Report of the King Institute of Preventive Medicine, Guindy
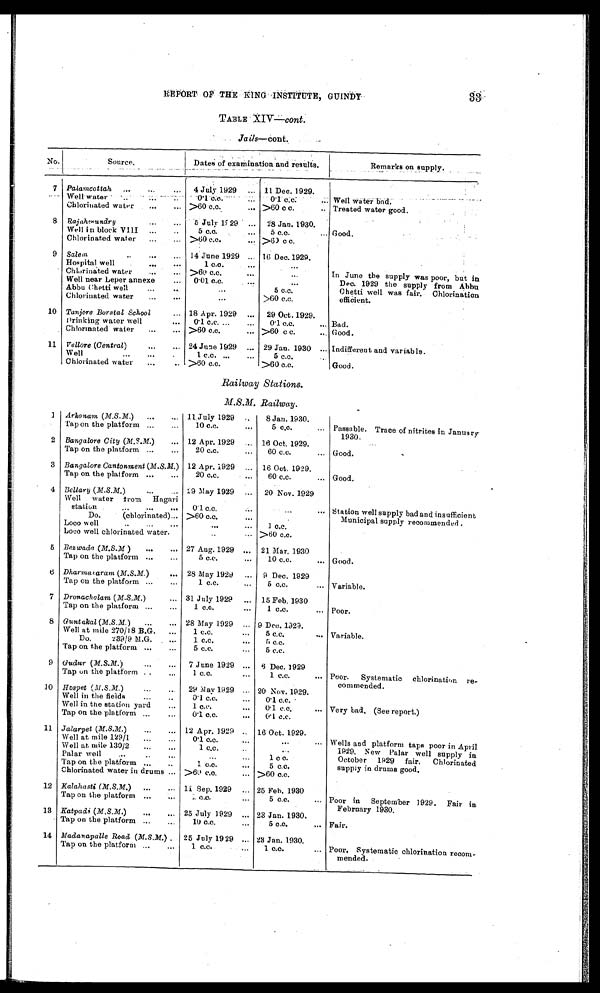
33
REPORT OF THE KING INSTITUTE GUINDY
TABLE XIV—cont.
Jails—Cont.
No.
Source.
Dates of examination and results.
Remarks on supply.
7 Palamcottah ...
...
... 4 July 1929 ... 11 Dec. 1929.
Well water
...
...
...
0.1c.c.
... 0.1 c.c.
... Well water bad.
Chlorinated water
...
... >60 c.c.
... >60 c. c.
.. Treated water good.
8 Rajahmundry
...
... 5 July 1929 ... 28 Jan. 1930.
Well in block V III ...
..
5 c.c.
...
5 c.c.
... Good.
Chlorinated water ...
... >60 c.c.
... >60 c. c.
9 Salem
..
...
... 14 June 1929 ... 16 Dec.1929.
Hospital well
.. ... ...
1 c.c.
...
...
Chlorinated water
... ... >60 c.c.
... ...
In June the supply was poor, but in
Well near Leper annexe
... 0.01 c.c.
...
Dec. 1929 the supply from Abbu
Abbu Chetti well ...
...
5 c.c.
Chetti well was fair. Chlorination
Chlorinated water
...
..
...
>60 c.c.
efficient.
10 Tanjore Borstal School
... 18 Apr. 1929 ... 29 Oct. 1929.
Drinking water well
... 0.1 c.c.
...
0·1 c.c.
... Bad.
Chlorinated water
...
... >60 c.c.
... >60 c. c.
... Good.
11 Vellore (Central) ... ... 24 June 1929 ... 29 Jan. 1930 ... Indifferent and variable.
Well
...
...
.
1 c.c.
...
5 c.c.
..
Chlorinated water
...
.. >60 c.c.
>60 c.c.
Good.
Railway Stations.
M.S.M. Railway.
1 Arkonam (M.S.M.) ...
... 11.July 1929 ..
8 Jan. 1930.
Tap on the platform ...
...
10 c.c.
...
5 c.c.
... Passable. Trace of nitrites in January
1930,
2 Bangalore City (M.S.M.)
... 12 Apr. 1929
16 Oct. 1929.
Tap on the platform ...
...
20 c.c.
...
60 c.c.
... Good.
3 Bangalore Cantonment (M.S.M.) 12 Apr. 1929 ... 16 Oct. 1929.
Tap on the platform ...
...
20 c.c.
...
60 c.c.
... Good.
4 Bellary (M.S.M.)
...
... 29 May 1929 ... 20 Nov. 1929
Well water from Hagari
station
...
...
...
0.1 c.c
...
...
... Station well supply bad and insufficient
Do.
(chlorinated)... >60 c.c.
...
Municipal supply recommended..
Loco well
...
...
1 c.c.
Loco well chlorinated water.
..
... >60 c.c.
5 Bezwada (M.S.M)
...
... 27 Aug. 1929 ... 21 Mar. 1930
Tap on the platform ...
...
5 c.c.
...
10 c.c.
... Good.
6 Dharmataram (M.S.M.)
... 28 May 1929 ... 9 Dec. 1929
Tap on the platform ...
...
1 c.c.
...
5 c.c.
... Variable.
7 Dronachalam (M.S.M.)
... 31 July 1929 ... 15 Feb. 1930
Tap on the platform ...
...
1 c.c.
...
1 c.c.
... Poor.
8 Guntakal (M.S.M.)
...
... 28 May 1929 ... 9 Dec. 1929.
Well at mile 270/18 B.G.
...
1 c.c.
...
5 c.c.
... Variable.
Do.
289/9 M.G.
...
1 c.c.
...
5 c,c.
Tap on the platform ... ...
5 c.c.
...
5 c.c.
9 Gudur (M.S.M.) ... ...
7 June 1929 ... 6 Dec. 1929
Tap on the platform ..
...
1 c.c.
...
1 c.c.
... Poor. Systematic chlorination re-
commended.
10 Hospet (M.S.M.)
...
... 29 May 1929 ... 20 Nov. 1929.
Well in the fields
...
..
0.1 c.c.
...
0.1 c.c.
Well in the station yard
...
1 c.c.
...
0.1 c.c.
... Very bad. (See report.)
Tap on the platform ...
...
0.1 c.c.
...
0.1 c.c.
11 Jalarpet (M.S.M.)
...
... 12 Apr. 1929 .. 16 Oct. 1929.
Well at mile 129/1
...
...
0.1 c.c.
..
...
... Wells and platform taps poor in April
Well at mile 130/2
...
...
1 c.c.
...
1929. New Palar well supply in
Palar well
...
..
...
...
1 c.c.
October 1929 fair. Chlorinated
Tap on the platform .,,
..
1 c.c.
...
5 c.c.
supply in drums good.
Chlorinated water in drums ... >60 c.c.
... >60 c.c.
12 Kalahasti (M.S.M.) ...
... 11 Sep. 1929 ... 25 Feb. 1930
Tap on the platform ...
...
1 c.c.
...
5 c.c.
... Poor in September 1929. Fair in
February 1930.
13 Katpadi ( M.S.M.)
...
... 25 July 1929 ... 23 Jan. 1930.
Tap on the platform ...
10 c.c.
...
5 c.c.
... Fair.
14 Madanapalle Road ( M.S.M.) . 25 July 1929 ... 28 Jan. 1930.
Tap on the platform ...
...
1 c.c.
...
1 c.c.
... Poor. Systematic chlorination recom-
mended.